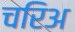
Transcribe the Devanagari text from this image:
चरिअ